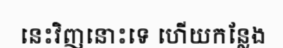
នេះវិញនោះទេ ហើយកន្លែង